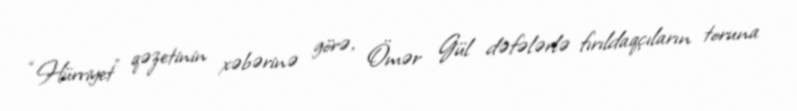
“Hürriyet” qəzetinin xəbərinə görə, Ömər Gül dəfələrlə fırıldaqçıların toruna